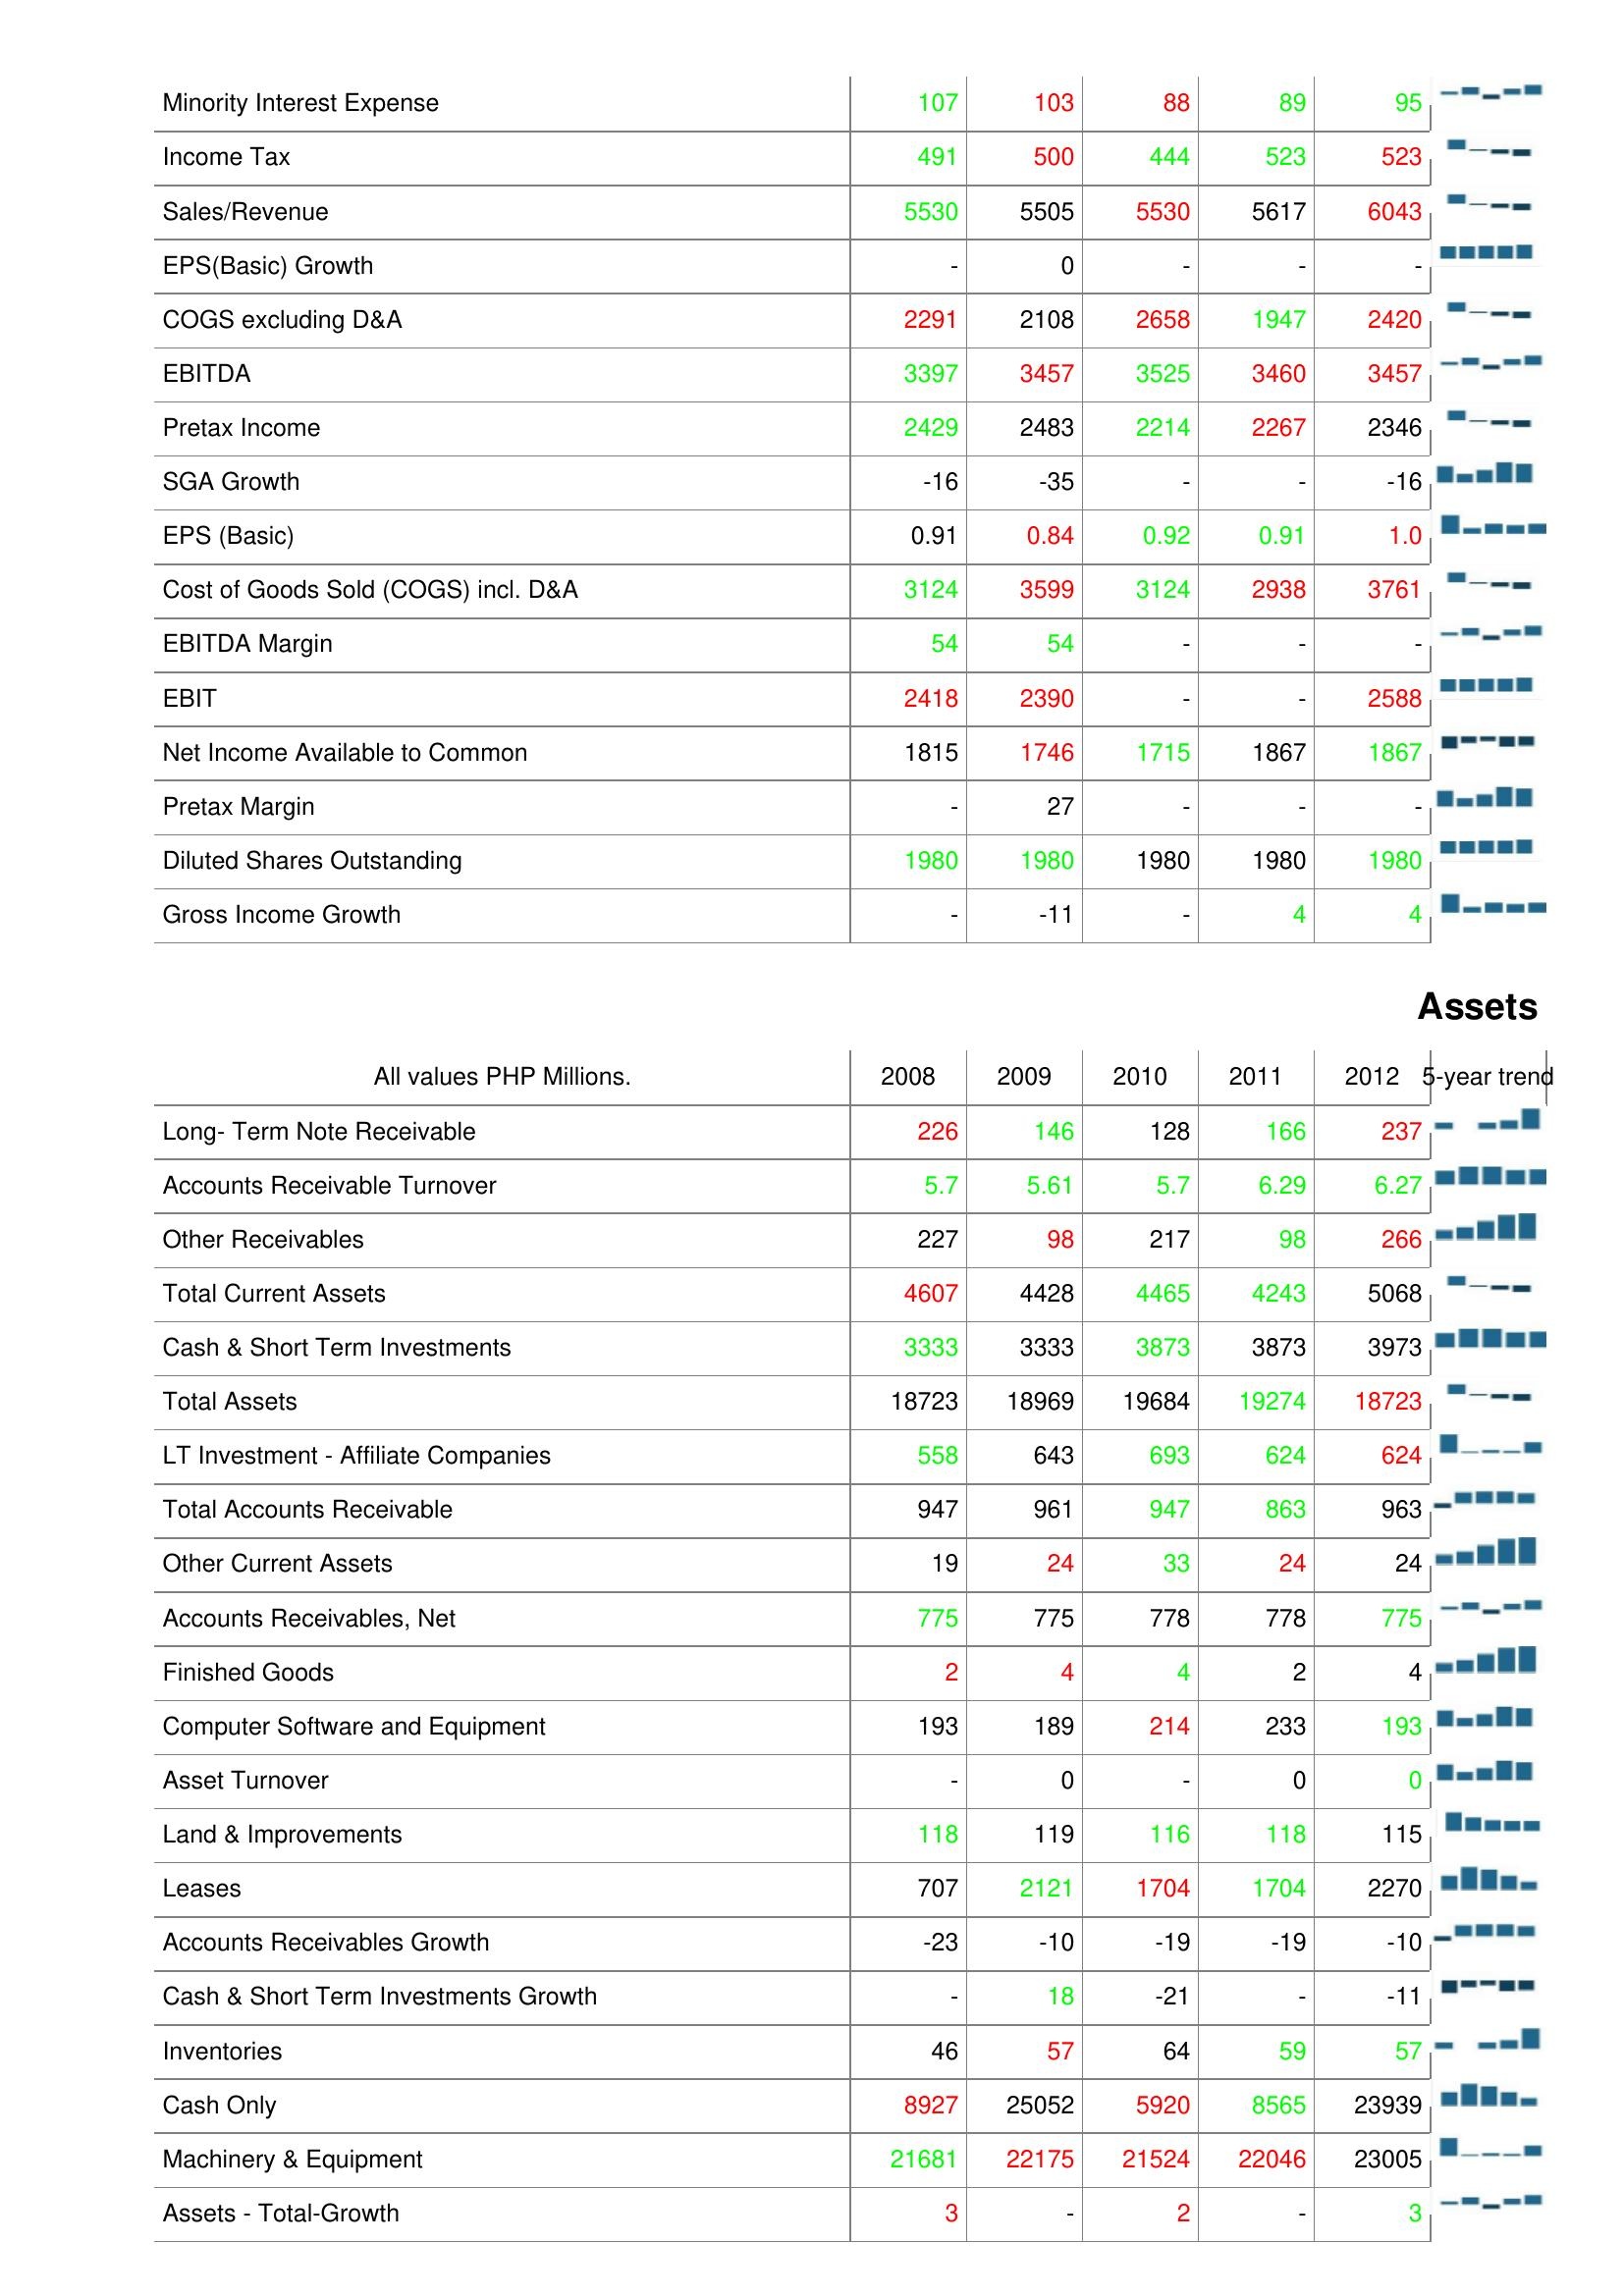
2008: : Minority Interest Expense: 107
Income Tax: 491
Sales/Revenue: 5530
EPS(Basic) Growth: -
COGS excluding D&A: 2291
EBITDA: 3397
Pretax Income: 2429
SGA Growth: -16
EPS (Basic): 0.91
Cost of Goods Sold (COGS) incl. D&A: 3124
EBITDA Margin: 54
EBIT: 2418
Net Income Available to Common: 1815
Pretax Margin: -
Diluted Shares Outstanding: 1980
Gross Income Growth: -
Assets: Long- Term Note Receivable: 226
Accounts Receivable Turnover: 5.7
Other Receivables: 227
Total Current Assets: 4607
Cash & Short Term Investments: 3333
Total Assets: 18723
LT Investment - Affiliate Companies: 558
Total Accounts Receivable: 947
Other Current Assets: 19
Accounts Receivables, Net: 775
Finished Goods: 2
Computer Software and Equipment: 193
Asset Turnover: -
Land & Improvements: 118
Leases: 707
Accounts Receivables Growth: -23
Cash & Short Term Investments Growth: -
Inventories: 46
Cash Only: 8927
Machinery & Equipment: 21681
Assets - Total-Growth: 3
2009: : Minority Interest Expense: 103
Income Tax: 500
Sales/Revenue: 5505
EPS(Basic) Growth: 0
COGS excluding D&A: 2108
EBITDA: 3457
Pretax Income: 2483
SGA Growth: -35
EPS (Basic): 0.84
Cost of Goods Sold (COGS) incl. D&A: 3599
EBITDA Margin: 54
EBIT: 2390
Net Income Available to Common: 1746
Pretax Margin: 27
Diluted Shares Outstanding: 1980
Gross Income Growth: -11
Assets: Long- Term Note Receivable: 146
Accounts Receivable Turnover: 5.61
Other Receivables: 98
Total Current Assets: 4428
Cash & Short Term Investments: 3333
Total Assets: 18969
LT Investment - Affiliate Companies: 643
Total Accounts Receivable: 961
Other Current Assets: 24
Accounts Receivables, Net: 775
Finished Goods: 4
Computer Software and Equipment: 189
Asset Turnover: 0
Land & Improvements: 119
Leases: 2121
Accounts Receivables Growth: -10
Cash & Short Term Investments Growth: 18
Inventories: 57
Cash Only: 25052
Machinery & Equipment: 22175
Assets - Total-Growth: -
2010: : Minority Interest Expense: 88
Income Tax: 444
Sales/Revenue: 5530
EPS(Basic) Growth: -
COGS excluding D&A: 2658
EBITDA: 3525
Pretax Income: 2214
SGA Growth: -
EPS (Basic): 0.92
Cost of Goods Sold (COGS) incl. D&A: 3124
EBITDA Margin: -
EBIT: -
Net Income Available to Common: 1715
Pretax Margin: -
Diluted Shares Outstanding: 1980
Gross Income Growth: -
Assets: Long- Term Note Receivable: 128
Accounts Receivable Turnover: 5.7
Other Receivables: 217
Total Current Assets: 4465
Cash & Short Term Investments: 3873
Total Assets: 19684
LT Investment - Affiliate Companies: 693
Total Accounts Receivable: 947
Other Current Assets: 33
Accounts Receivables, Net: 778
Finished Goods: 4
Computer Software and Equipment: 214
Asset Turnover: -
Land & Improvements: 116
Leases: 1704
Accounts Receivables Growth: -19
Cash & Short Term Investments Growth: -21
Inventories: 64
Cash Only: 5920
Machinery & Equipment: 21524
Assets - Total-Growth: 2
2011: : Minority Interest Expense: 89
Income Tax: 523
Sales/Revenue: 5617
EPS(Basic) Growth: -
COGS excluding D&A: 1947
EBITDA: 3460
Pretax Income: 2267
SGA Growth: -
EPS (Basic): 0.91
Cost of Goods Sold (COGS) incl. D&A: 2938
EBITDA Margin: -
EBIT: -
Net Income Available to Common: 1867
Pretax Margin: -
Diluted Shares Outstanding: 1980
Gross Income Growth: 4
Assets: Long- Term Note Receivable: 166
Accounts Receivable Turnover: 6.29
Other Receivables: 98
Total Current Assets: 4243
Cash & Short Term Investments: 3873
Total Assets: 19274
LT Investment - Affiliate Companies: 624
Total Accounts Receivable: 863
Other Current Assets: 24
Accounts Receivables, Net: 778
Finished Goods: 2
Computer Software and Equipment: 233
Asset Turnover: 0
Land & Improvements: 118
Leases: 1704
Accounts Receivables Growth: -19
Cash & Short Term Investments Growth: -
Inventories: 59
Cash Only: 8565
Machinery & Equipment: 22046
Assets - Total-Growth: -
2012: : Minority Interest Expense: 95
Income Tax: 523
Sales/Revenue: 6043
EPS(Basic) Growth: -
COGS excluding D&A: 2420
EBITDA: 3457
Pretax Income: 2346
SGA Growth: -16
EPS (Basic): 1.0
Cost of Goods Sold (COGS) incl. D&A: 3761
EBITDA Margin: -
EBIT: 2588
Net Income Available to Common: 1867
Pretax Margin: -
Diluted Shares Outstanding: 1980
Gross Income Growth: 4
Assets: Long- Term Note Receivable: 237
Accounts Receivable Turnover: 6.27
Other Receivables: 266
Total Current Assets: 5068
Cash & Short Term Investments: 3973
Total Assets: 18723
LT Investment - Affiliate Companies: 624
Total Accounts Receivable: 963
Other Current Assets: 24
Accounts Receivables, Net: 775
Finished Goods: 4
Computer Software and Equipment: 193
Asset Turnover: 0
Land & Improvements: 115
Leases: 2270
Accounts Receivables Growth: -10
Cash & Short Term Investments Growth: -11
Inventories: 57
Cash Only: 23939
Machinery & Equipment: 23005
Assets - Total-Growth: 3